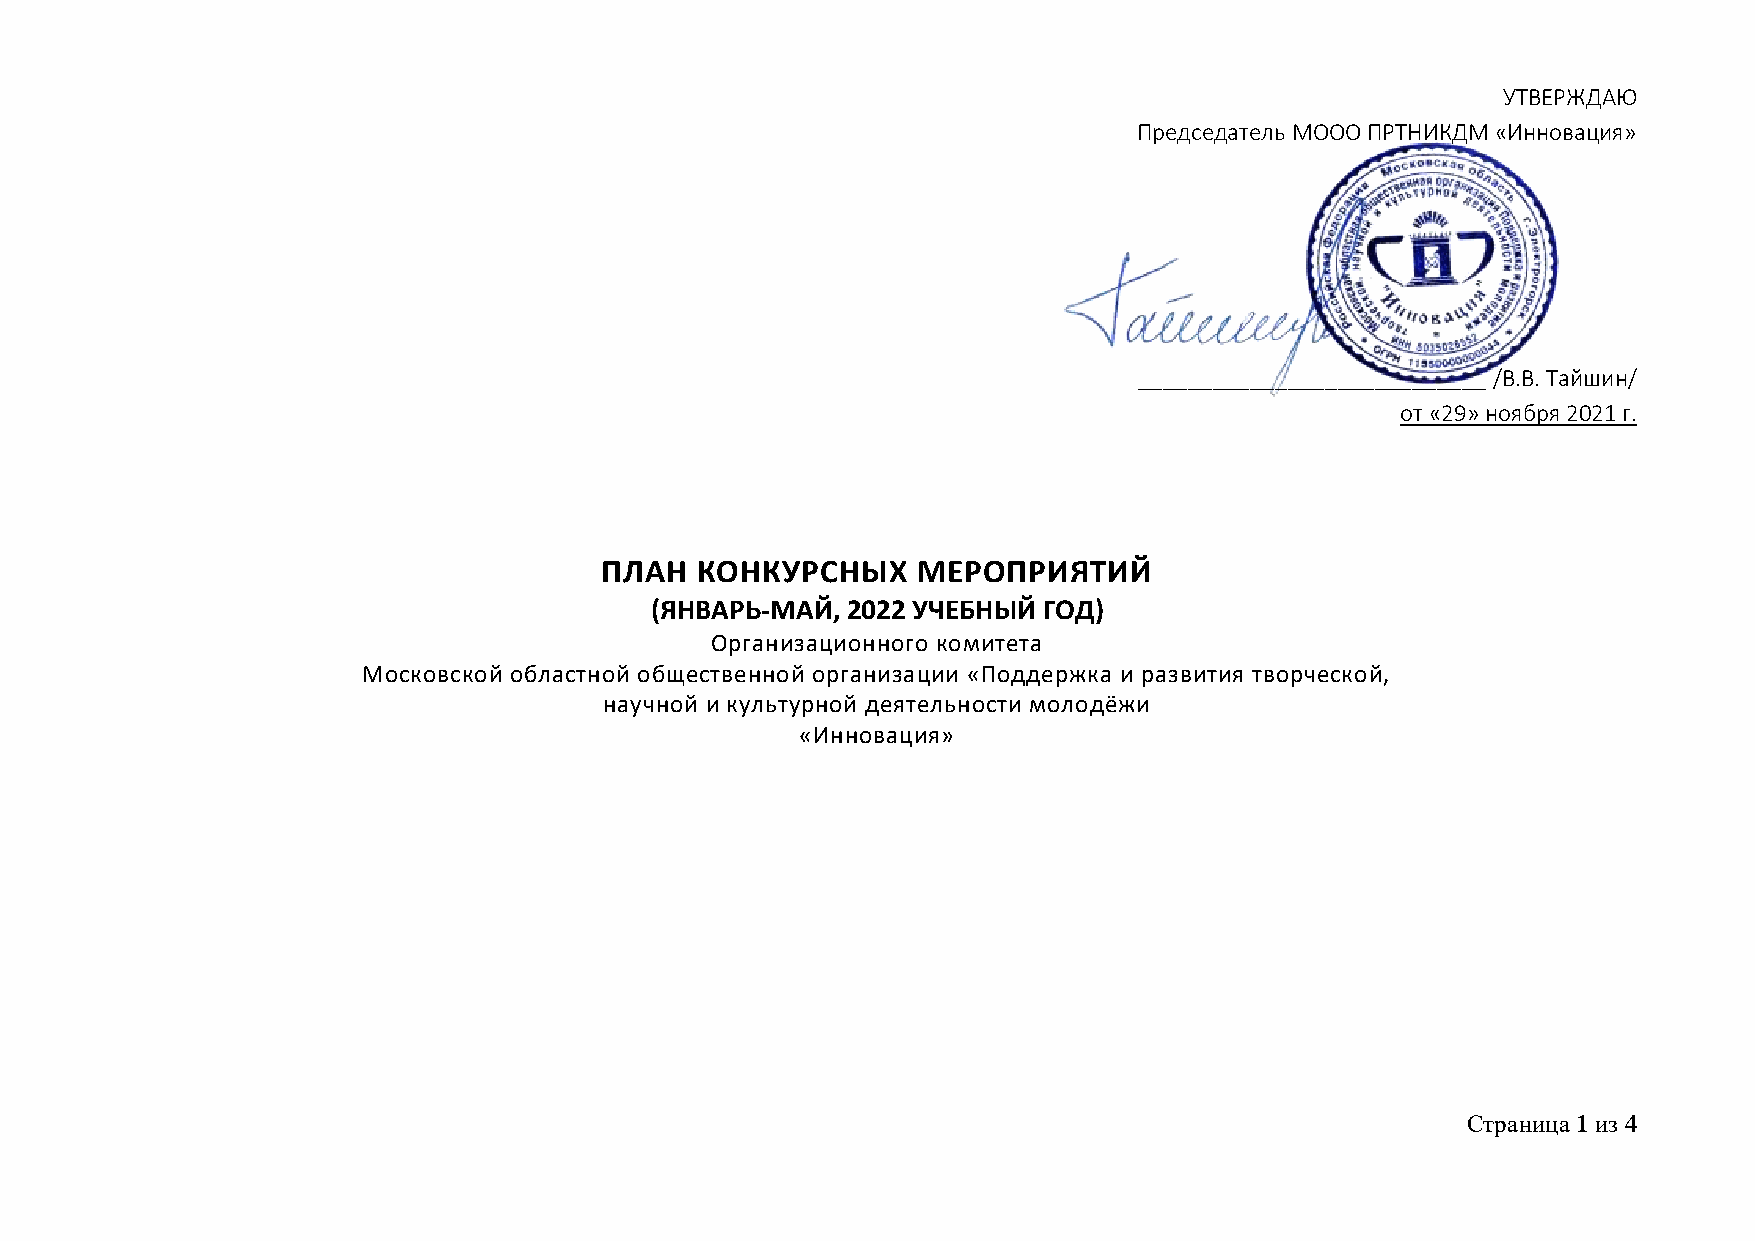
УТВЕРЖДАЮ
 Председатель МООО ПРТНИКДМ «Инновация»
 ____________________________ /В.В. Тайшин/
 от «29» ноября 2021 г.
 ПЛАН  КОНКУРСНЫХ     МЕРОПРИЯТИЙ
 (ЯНВАРЬ-МАЙ, 2022 УЧЕБНЫЙ ГОД)
 Организационного комитета
 Московской областной общественной организации «Поддержка и развития творческой,
 научной и культурной деятельности молодёжи
 «Инновация»
 Страница 1 из 4